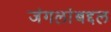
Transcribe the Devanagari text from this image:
जंगलांबद्दल